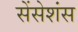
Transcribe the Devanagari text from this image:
सेंसेशंस